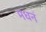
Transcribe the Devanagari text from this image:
मधनं